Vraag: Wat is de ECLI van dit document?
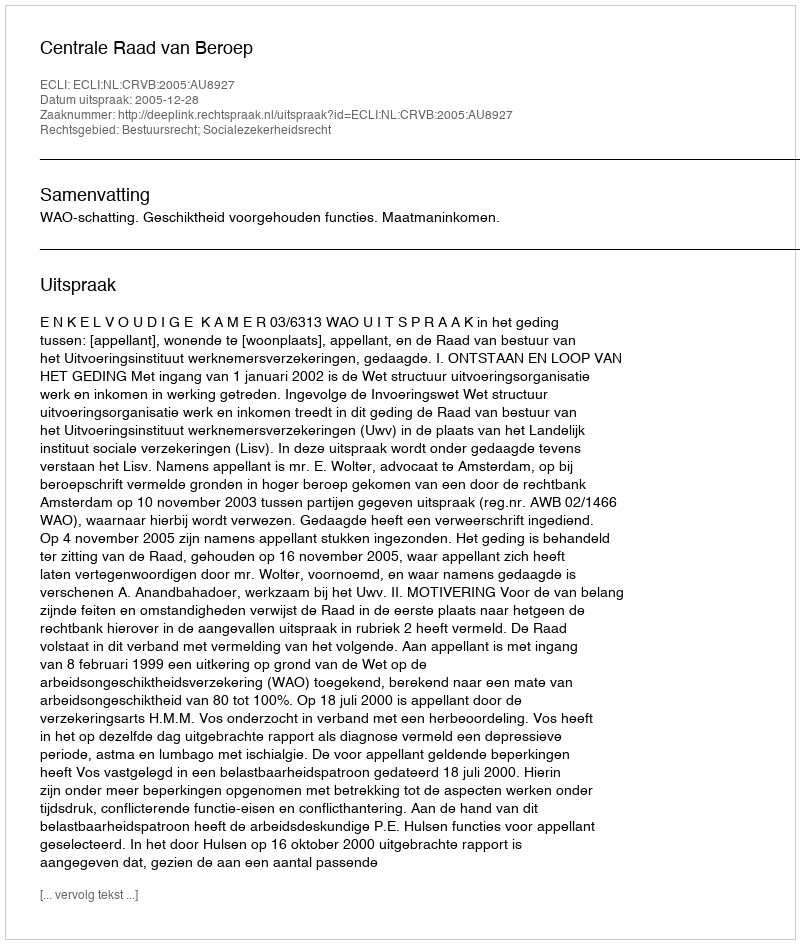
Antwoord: ECLI:NL:CRVB:2005:AU8927